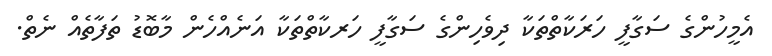
އެމީހުންގެ ސަގާފީ ހަރަކާތްތަކާ ދިވެހިންގެ ސަގާފީ ހަރކާތްތަކާ އަނެއްހެން މާބޮޑު ތަފާތެއް ނެތް.